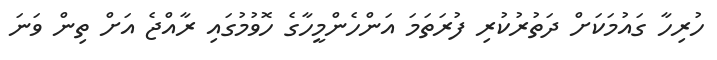
ހުރިހާ ގައުމަކަށް ދަތުރުކުރި ފުރަތަމަ އަންހެންމީހާގެ ހޮވުމުގައި ރާއްޖެ އަށް ތިން ވަނަ